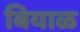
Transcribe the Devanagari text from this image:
बियाळ